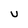
Character: U